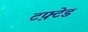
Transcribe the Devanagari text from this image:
टफ़्टेड